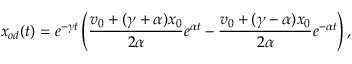
x _ { o d } ( t ) = e ^ { - \gamma t } \left( \frac { v _ { 0 } + ( \gamma + \alpha ) x _ { 0 } } { 2 \alpha } e ^ { \alpha t } - \frac { v _ { 0 } + ( \gamma - \alpha ) x _ { 0 } } { 2 \alpha } e ^ { - \alpha t } \right) ,